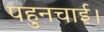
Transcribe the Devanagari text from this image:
पहुनचाई।